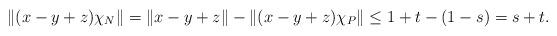
LaTeX: \begin{align*}\Vert(x-y+z)\chi_N\Vert= \Vert x-y+z \Vert - \Vert (x-y+z)\chi_P\Vert \le 1+t - (1-s) = s+t.\end{align*}